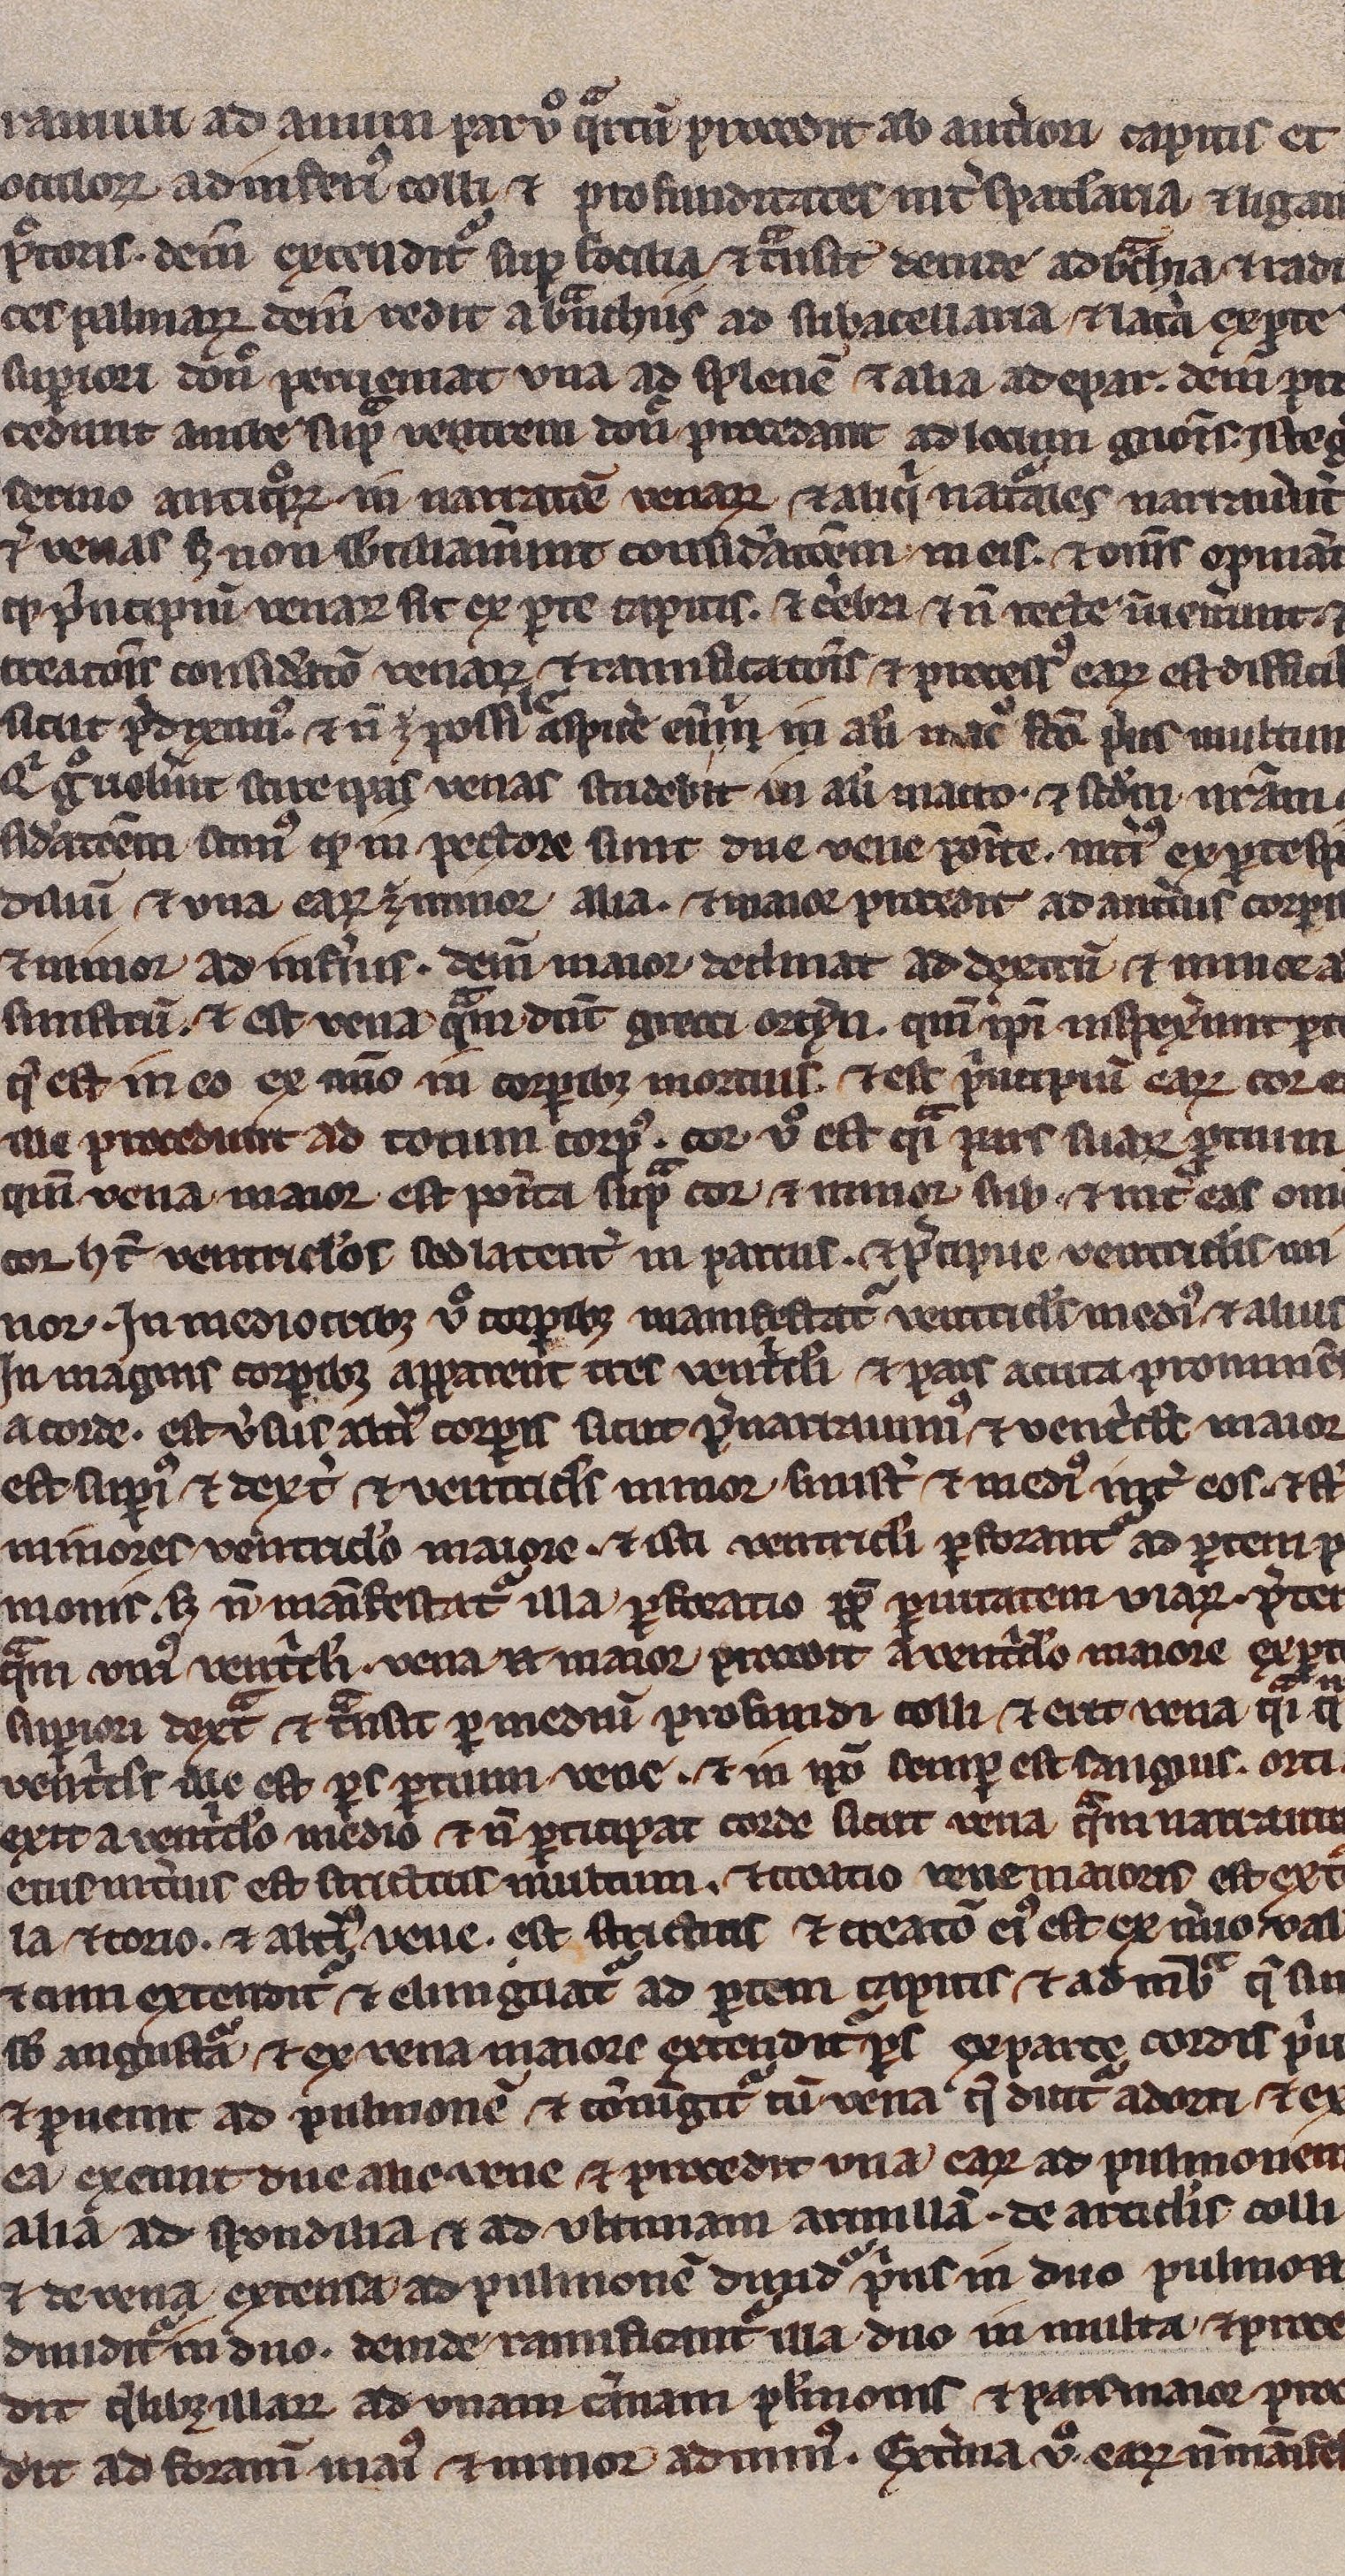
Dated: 1200–1299